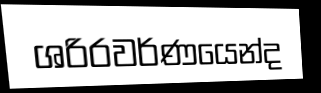
ශරිරවර්ණයෙන්ද